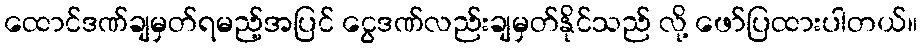
ထောင်ဒဏ်ချမှတ်ရမည့်အပြင် ငွေဒဏ်လည်းချမှတ်နိုင်သည် လို့ ဖော်ပြထားပါတယ်။